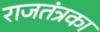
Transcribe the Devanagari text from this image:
राजतंत्रका